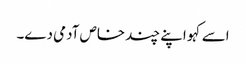
اسے کہو اپنے چند خاص آدمی دے۔